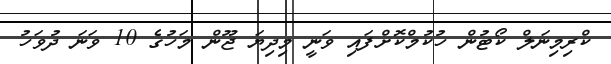
ކްރިމިނަލް ކޯޓުން ހުކުމްކޮށްފައި ވަނީ މިދިޔަ ޖޫން މަހުގެ 10 ވަނަ ދުވަހު